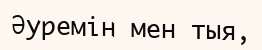
Әуремін мен тыя,